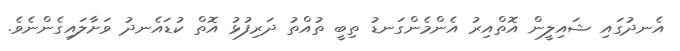
އެނދުގައި ޝައިލީން އޮތްއިރު އެންމެންގަނޑު ތިބީ ތުއްތު ދަރިފުޅު އޮތް ކުޑައެނދު ވަށާލައިގެންނެވެ.